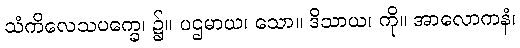
သံကိလေသပက္ခေ၊ ၌။ ပဌမာယ၊ သော။ ဒိသာယ၊ ကို။ အာလောကနံ၊